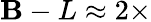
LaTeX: \mathbf{B}-L\approx2\times